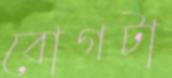
বোগটা